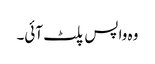
وہ واپس پلٹ آئی۔